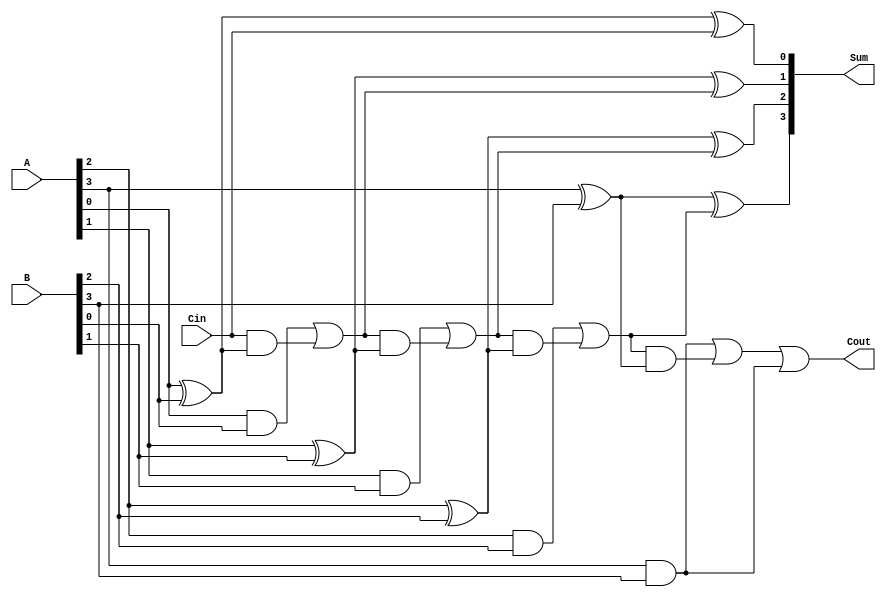
module conditional_sum_adder #(parameter N = 4) (
    input  [N-1:0] A,    // First operand
    input  [N-1:0] B,    // Second operand
    input  Cin,          // Carry input
    output [N:0] Sum,    // Sum output (N+1 bits)
    output Cout          // Carry output
);

    // Intermediate signals
    wire [N-1:0] S;      // Preliminary sum bits
    wire [N-1:0] C;      // Carry bits
    wire [N-1:0] C_cond; // Conditional carry bits

    // Compute preliminary sum and carry for each bit
    genvar i;
    generate
        for (i = 0; i < N; i = i + 1) begin : sum_carry_gen
            assign S[i] = A[i] ^ B[i]; // Preliminary sum
            assign C[i] = A[i] & B[i]; // Carry generated by A and B
        end
    endgenerate

    // Compute conditional carries
    assign C_cond[0] = C[0] | (Cin & S[0]);
    generate
        for (i = 1; i < N; i = i + 1) begin : carry_cond_gen
            assign C_cond[i] = C[i] | (C_cond[i-1] & S[i]);
        end
    endgenerate

    // Final sum computation
    assign Sum[0] = S[0] ^ Cin; // Final sum bit 0
    generate
        for (i = 1; i < N; i = i + 1) begin : final_sum_gen
            assign Sum[i] = S[i] ^ C_cond[i-1]; // Final sum bits
        end
    endgenerate

    // Final carry out
    assign Cout = C_cond[N-1] | C[N-1];

endmodule